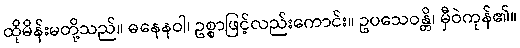
ထိုမိန်းမတို့သည်။ ဓနေနဝါ၊ ဥစ္စာဖြင့်လည်းကောင်း။ ဥပသေဝန္တိ၊ မှီဝဲကုန်၏။